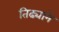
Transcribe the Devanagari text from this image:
तिढ्याने